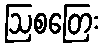
ဩစတြေး